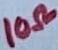
Text: 10Ω